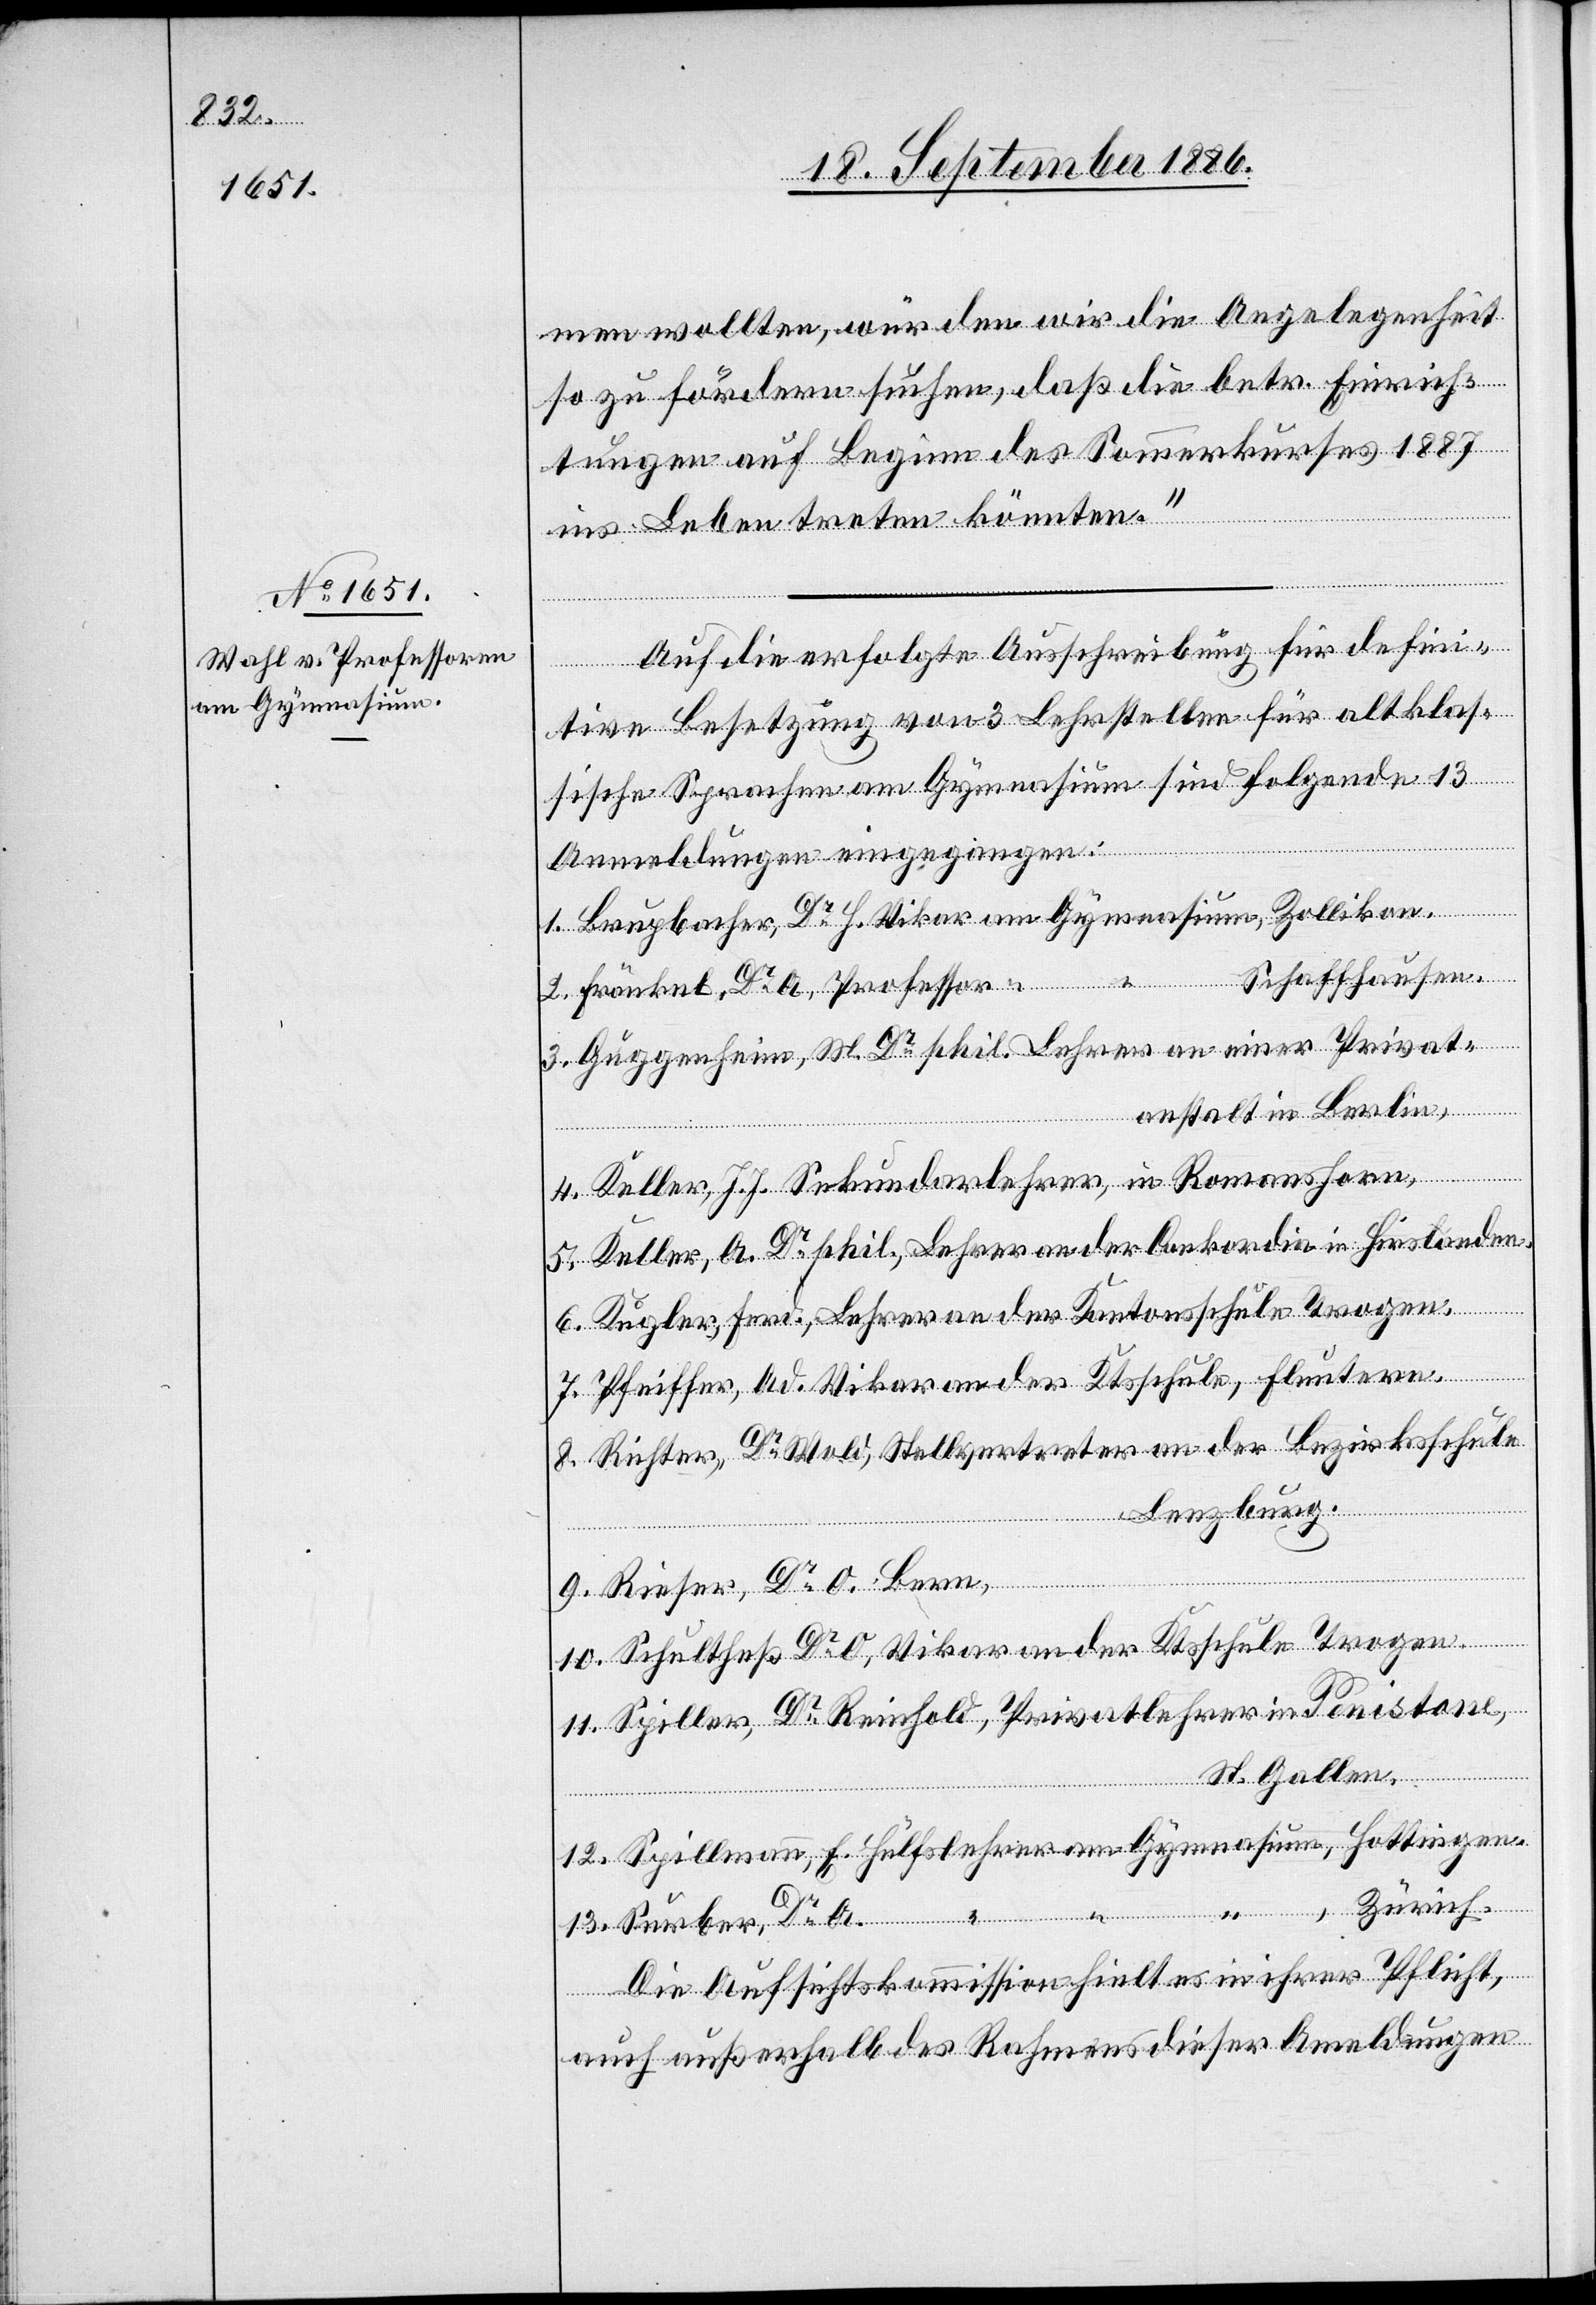
men wollten, würden wir die Angelegenheit
so zu fördern suchen, daß die betr. Einrich¬
tungen auf Beginn des Sommerkurses 1887
Lenzburg.
ins Leben treten könnten.“
Auf die erfolgte Ausschreibung für defini¬
tive Besetzung von 3 Lehrstellen für altklas¬
sische Sprachen am Gymnasium sind folgende 13
Anmeldungen eingegangen:
1. Brupbacher, Dr H. Vikar am Gymnasium, Zollikon.
Schaffhausen.
2. Fränkel, Dr A. Professor “
3. Guggenheim, M. Dr phil. Lehrer an einer Privat¬
anstalt in Berlin,
4. Keller, J. J. Sekundarlehrer, in Romanshorn,
5. Keller, A. Dr phil., Lehrer an der Conkordia in Hirslanden.
6. Kugler, Ferd., Lehrer an der Kantonsschule Trogen.
7. Pfeiffer, Ad. Vikar an der Ktsschule, Fluntern.
8. Richter, Dr Wold [sic!], Stellvertreter an der Bezirksschule
9. Rieser, Dr O. Bern,
10. Schultheß Dr O, Vikar an der Ktsschule Trogen.
11. Spiller, Dr Reinhold, Privatlehrer in Penistone,
St. Gallen,
12. Spillmann, E. Hülfslehrer am Gymnasium, Hottingen.
“ , Zürich.
13. Surber, Dr A. “ “
Die Aufsichtskommission hielt es in ihrer Pflicht,
auch außerhalb des Rahmens dieser Anmeldungen